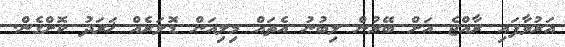
އަރުވާފައި ރާއްޖެ އަށް ބޭރުން ލިބުނު އެތައް މިލިއަން ޑޮަލަރެއް ޚަރަދު ކޮށްގެން.